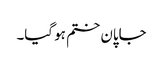
جاپان ختم ہو گیا۔